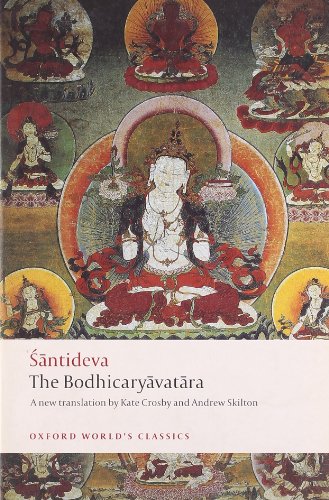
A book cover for The Bodhicaryavatara (Oxford World's Classics); Santideva; Religion & Spirituality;